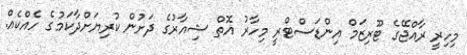
މިހިރީ ރާއްޖޭގެ ޓޫރިޒަމް އިންޑަސްޓްރީ މިހާރު އޮތް ޝިއާރުގެ ދަށުން ކުރިޔަށްދާކަމުގެ ހެއްކެއް.